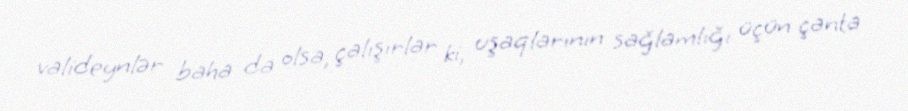
valideynlər baha da olsa, çalışırlar ki, uşaqlarının sağlamlığı üçün çanta